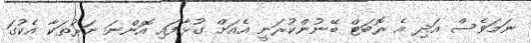
ނަމަވެސް އަދި އެ ރޮބަޓް ބޭނުންކުރަނީ އެއަށް ގުޅާފައި އޮންނަ ނަރުތަކާ އެކުގަ